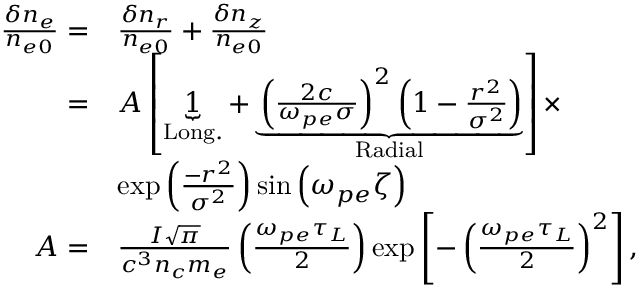
\begin{array} { r l } { \frac { \delta n _ { e } } { n _ { e 0 } } = } & { \frac { \delta n _ { r } } { n _ { e 0 } } + \frac { \delta n _ { z } } { n _ { e 0 } } } \\ { = } & { A \left[ \underbrace { 1 } _ { \mathrm { L o n g . } } + \underbrace { \left( \frac { 2 c } { \omega _ { p e } \sigma } \right) ^ { 2 } \left( 1 - \frac { r ^ { 2 } } { \sigma ^ { 2 } } \right) } _ { \mathrm { R a d i a l } } \right] \times } \\ & { \exp \left( \frac { - r ^ { 2 } } { \sigma ^ { 2 } } \right) \sin \left( \omega _ { p e } \zeta \right) } \\ { A = } & { \frac { I \sqrt { \pi } } { c ^ { 3 } n _ { c } m _ { e } } \left( \frac { \omega _ { p e } \tau _ { L } } { 2 } \right) \exp \left[ - \left( \frac { \omega _ { p e } \tau _ { L } } { 2 } \right) ^ { 2 } \right] , } \end{array}